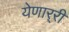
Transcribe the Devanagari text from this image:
येणार्‍री